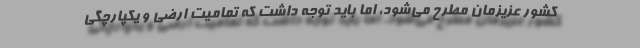
کشور عزیزمان مطرح می‌شود، اما باید توجه داشت که تمامیت ارضی و یکپارچگی